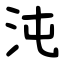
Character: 沌